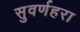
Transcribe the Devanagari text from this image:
सुवर्णहरा